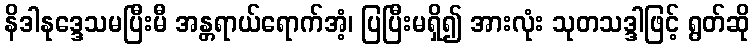
နိဒါနုဒ္ဒေသမပြီးမီ အန္တရာယ်ရောက်အံ့၊ ပြပြီးမရှိ၍ အားလုံး သုတသဒ္ဒါဖြင့် ရွတ်ဆို